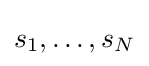
s_{1},\ldots ,s_{N}